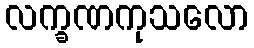
လက္ခဏကုသလော